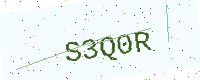
Text: S3Q0R